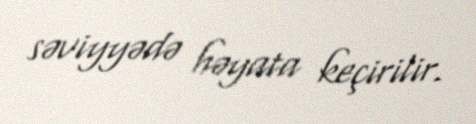
səviyyədə həyata keçirilir.